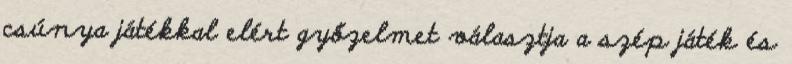
csúnya játékkal elért győzelmet választja a szép játék és